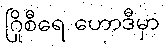
ဂြိုစီရေ ဟောဒီမှာ